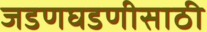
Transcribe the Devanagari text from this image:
जडणघडणीसाठी